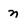
Character: n